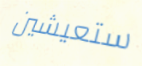
ستعيشين